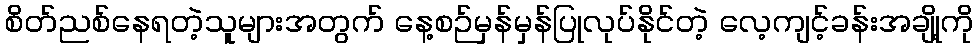
စိတ်ညစ်နေရတဲ့သူများအတွက် နေ့စဉ်မှန်မှန်ပြုလုပ်နိုင်တဲ့ လေ့ကျင့်ခန်းအချို့ကို